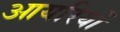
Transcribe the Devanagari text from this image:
आयरियों